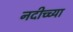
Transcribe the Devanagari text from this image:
नदीच्च्या